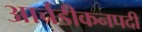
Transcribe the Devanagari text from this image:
आर्चडीकनपदी